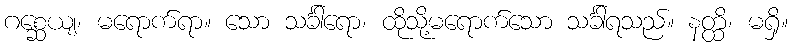
ဂစ္ဆေယျ၊ မရောက်ရာ။ သော သင်္ခါရော၊ ထိုသို့မရောက်သော သင်္ခါရသည်။ နတ္ထိ၊ မရှိ။